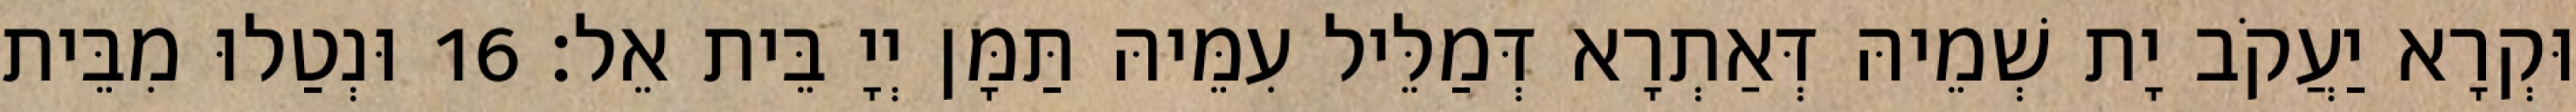
וּקְרָא יַעֲקֹב יָת שְׁמֵיהּ דְּאַתְרָא דְּמַלֵּיל עִמֵּיהּ תַּמָּן יְיָ בֵּית אֵל׃ 16 וּנְטַלוּ מִבֵּית